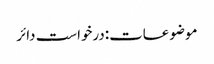
موضوعات:درخواست دائر